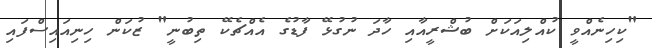
"ކިހިނެއްވީ ކުއްލިއަކަށް ބުޝްރީއާއި ހާދަ ނުގުޅޭ ފާޑުގެ އެއްޗެކޭ ތިބުނީ" ޒުކަން ހިނިއައިސްފައި